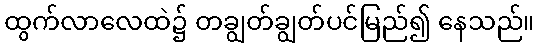
ထွက်လာလေထဲ၌ တချွတ်ချွတ်ပင်မြည်၍ နေသည်။